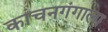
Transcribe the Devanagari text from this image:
कांचनगंगाला